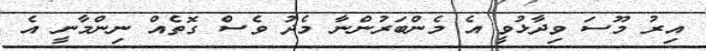
އިރު މޫސަ ވިދާޅުވީ އެ މެންބަރުންނާ މެދު ވެސް ގޮތެއް ނިންމާނީ އެ